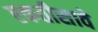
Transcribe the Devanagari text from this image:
एकतीसावे